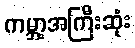
ကမ္ဘာ့အကြီးဆုံး